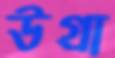
উগ্রা